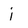
Character: j